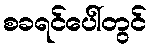
စခရင်ပေါ်တွင်